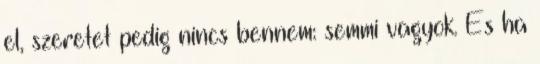
el, szeretet pedig nincs bennem: semmi vagyok. És ha